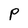
Character: P